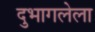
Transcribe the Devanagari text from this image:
दुभागलेला